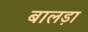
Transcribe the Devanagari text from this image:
बालड़ा